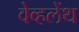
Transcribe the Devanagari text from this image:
वेव्हलेंथ